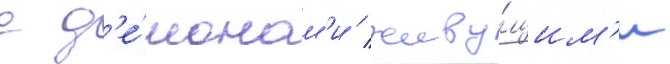
с д'е́монам'и / живу́щим'и